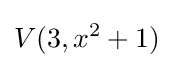
V(3,x^{2}+1)